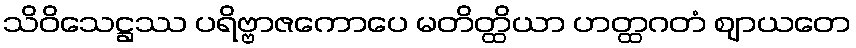
သိဝိသေဋ္ဌဿ ပရိဗ္ဗာဇကောပေ မတိတ္ထိယာ ဟတ္ထဂတံ ဈာယတေ